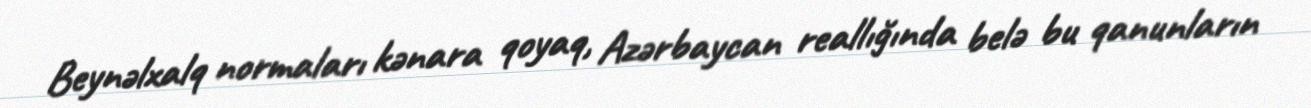
Beynəlxalq normaları kənara qoyaq, Azərbaycan reallığında belə bu qanunların